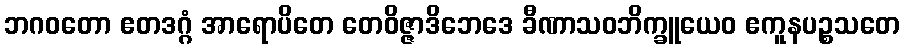
ဘဂဝတော ဧတဒဂ္ဂံ အာရောပိတေ တေဝိဇ္ဇာဒိဘေဒေ ခီဏာသဝဘိက္ခူယေဝ ဧကူနပဉ္စသတေ